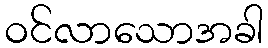
ဝင်လာသောအခါ